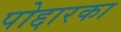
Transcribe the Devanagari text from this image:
पोद्दारका